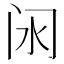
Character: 𲈵